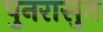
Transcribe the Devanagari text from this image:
पुनरासुत